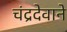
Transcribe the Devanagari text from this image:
चंद्रदेवाने